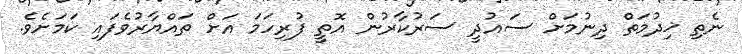
ނެތި ޚިދުމަތް ދިނުމަށް ސައުދީ ސަރުކާރުން އޮތީ ފުރިހަމަ އަށް ތައްޔާރުވެފައި ކަމަށެވެ.